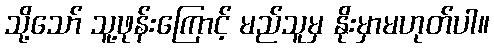
သို့သော် သူ့ဖုန်းကြောင့် မည်သူမှ နိုးမှာမဟုတ်ပါ။